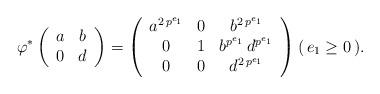
LaTeX: \begin{align*}\varphi^*\left(\begin{array}{c c} a & b \\ 0 & d \end{array}\right) = \left(\begin{array}{c c c} a^{2 \, p^{e_1}} & 0 & b^{2 \, p^{e_1}} \\ 0 & 1 & b^{p^{e_1}} \, d^{p^{e_1}} \\ 0 & 0 & d^{2 \, p^{e_1}} \end{array} \right) (\, e_1 \geq 0 \, ) . \end{align*}